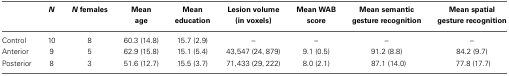
|  | N | N females | Mean age | Mean education | Lesion volume (in voxels) | Mean WAB score | Mean semantic gesture recognition | Mean spatial gesture recognition |
 | --- | --- | --- | --- | --- | --- | --- | --- | --- |
 | Control | 10 | 8 | 60.3 (14.8) | 15.7 (2.9) | – | – | – | – |
 | Anterior | 9 | 5 | 62.9 (15.8) | 15.1 (5.4) | 43,547 (24,879) | 9.1 (0.5) | 91.2 (8.8) | 84.2 (9.7) |
 | Posterior | 8 | 3 | 51.6 (12.7) | 15.5 (3.7) | 71,433 (29,222) | 8.0 (2.1) | 87.1 (14.0) | 77.8 (17.7) |